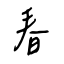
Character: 春